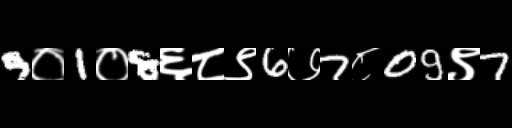
Text: 9०1०8६८९6७7८09९7